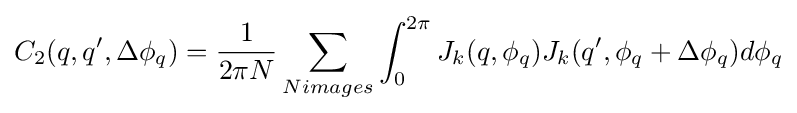
C_{2}(q,q',\Delta \phi _{q})={\frac {1}{2\pi N}}\sum _{Nimages}\int _{0}^{2\pi }J_{k}(q,\phi _{q})J_{k}(q',\phi _{q}+\Delta \phi _{q})d\phi _{q}